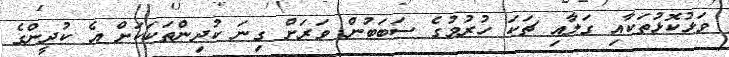
ވަޅުކޮޅުތަކާއި ގަލާއި ޗަކަ ހުރުމުގެ ސަބަބުން ވަރަށް ގިނަ ކުދިންތަކަކަށް އެ ކުދީންގެ